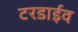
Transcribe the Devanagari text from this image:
टरडाईव